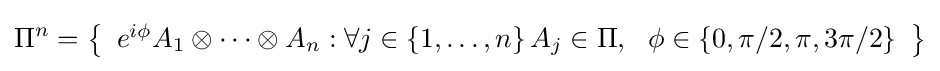
\Pi ^{n}=\left\{{\begin{array}{c}e^{i\phi }A_{1}\otimes \cdots \otimes A_{n}:\forall j\in \left\{1,\ldots ,n\right\}A_{j}\in \Pi ,\ \ \phi \in \left\{0,\pi /2,\pi ,3\pi /2\right\}\end{array}}\right\}